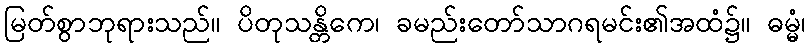
မြတ်စွာဘုရားသည်။ ပိတုသန္တိကေ၊ ခမည်းတော်သာဂရမင်း၏အထံ၌။ ဓမ္မံ၊